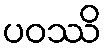
ပဝဿိ